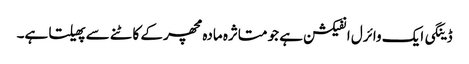
ڈینگی ایک وائرل انفیکشن ہے جو متاثرہ مادہ مچھر کے کاٹنے سے پھیلتا ہے۔